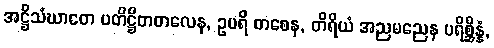
အဋ္ဌိသံဃာတေ ပတိဋ္ဌိတတလေန, ဥပရိ တစေန, တိရိယံ အညမညေန ပရိစ္ဆိန္နံ,